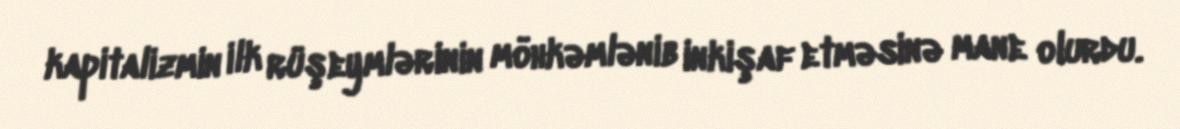
kapitalizmin ilk rüşeymlərinin möhkəmlənib inkişaf etməsinə mane olurdu.